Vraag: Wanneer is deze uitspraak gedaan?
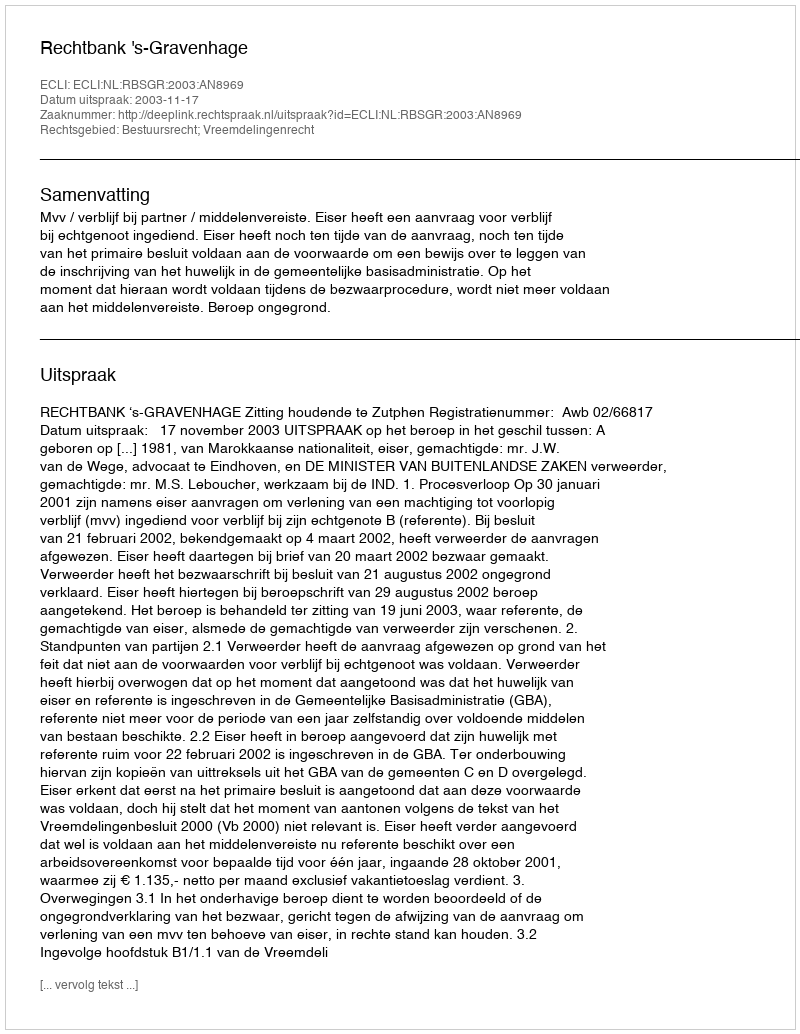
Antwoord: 2003-11-17